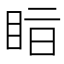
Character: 𥅭